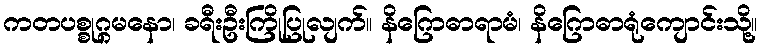
ကတပစ္စုဂ္ဂမနော၊ ခရီးဦးကြိုပြုလျက်။ နိဂြောဓာရာမံ၊ နိဂြောဓာရုံကျောင်းသို့။